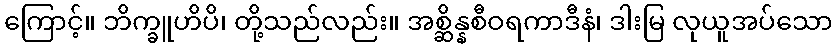
ကြောင့်။ ဘိက္ခူဟိပိ၊ တို့သည်လည်း။ အစ္ဆိန္နစီဝရကာဒီနံ၊ ဒါးမြ လုယူအပ်သော